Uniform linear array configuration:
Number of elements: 64
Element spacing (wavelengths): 0.75
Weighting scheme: cosine
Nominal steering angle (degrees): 0
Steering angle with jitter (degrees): -1.412
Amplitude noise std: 0.05
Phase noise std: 0.05

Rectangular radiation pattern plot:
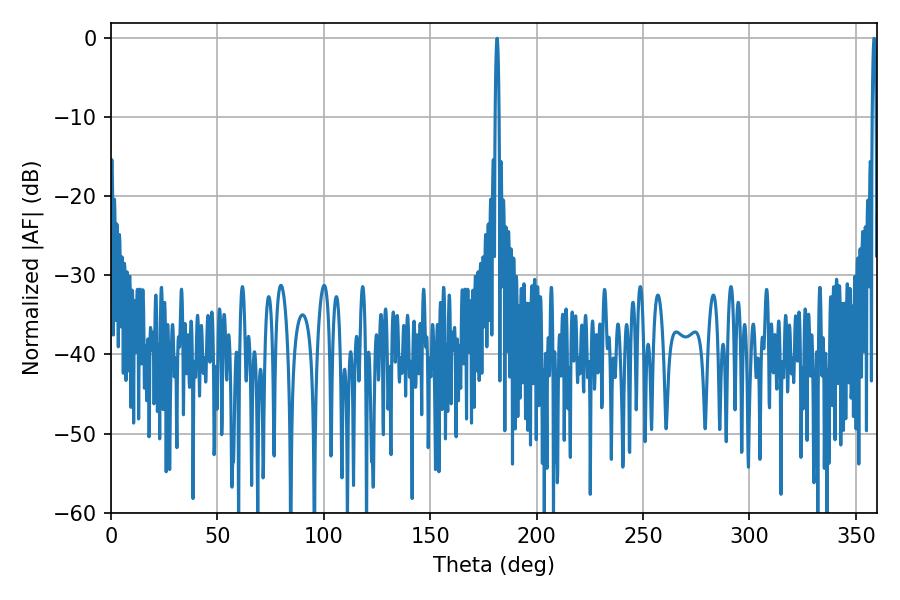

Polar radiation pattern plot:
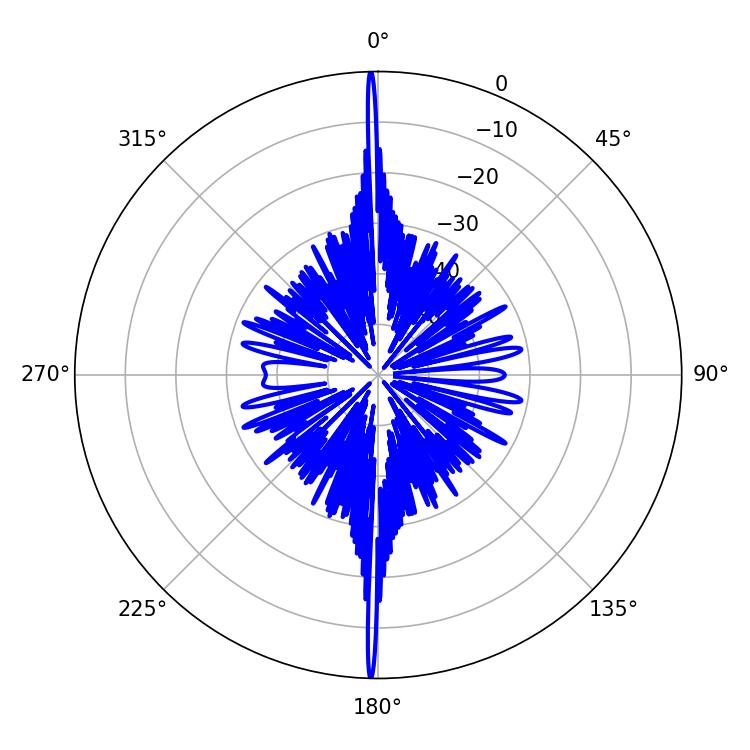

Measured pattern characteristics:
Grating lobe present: TRUE
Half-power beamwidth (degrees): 0.9
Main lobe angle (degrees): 358.56